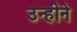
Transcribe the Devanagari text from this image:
उन्हीने